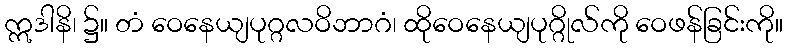
ဣဒါနိ၊ ၌။ တံ ဝေနေယျပုဂ္ဂလဝိဘာဂံ၊ ထိုဝေနေယျပုဂ္ဂိုလ်ကို ဝေဖန်ခြင်းကို။